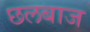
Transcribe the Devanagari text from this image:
छलबाज